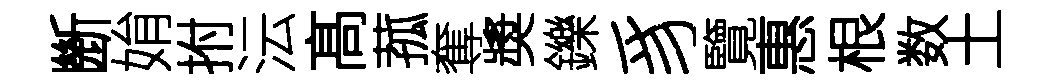
㫁姢拊沄髙菰奪奬鑠豸覽惠根数土